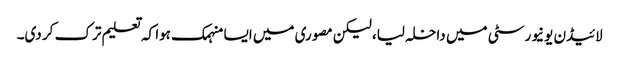
لائیڈن یونیورسٹی میں داخلہ لیا، لیکن مصوری میں ایسا منہمک ہوا کہ تعلیم ترک کر دی۔